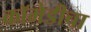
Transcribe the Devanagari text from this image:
कॉमेडीचा